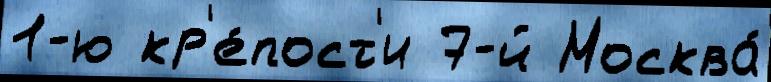
1-ю кр'е́пост'и 7-й Москва́